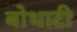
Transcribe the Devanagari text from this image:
बोथाटी